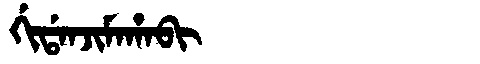
Manchu: ᡤᡳᡩᠠᠨᠵᡳᠮᠠᡥᠠᠪᡳ
Romanization: GIDANJIMAHABI